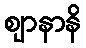
ဈာနာနိ